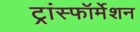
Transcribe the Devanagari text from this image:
ट्रांस्फॉर्मेशन